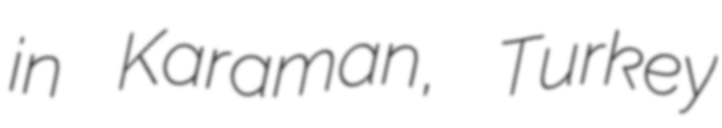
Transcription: in Karaman, Turkey